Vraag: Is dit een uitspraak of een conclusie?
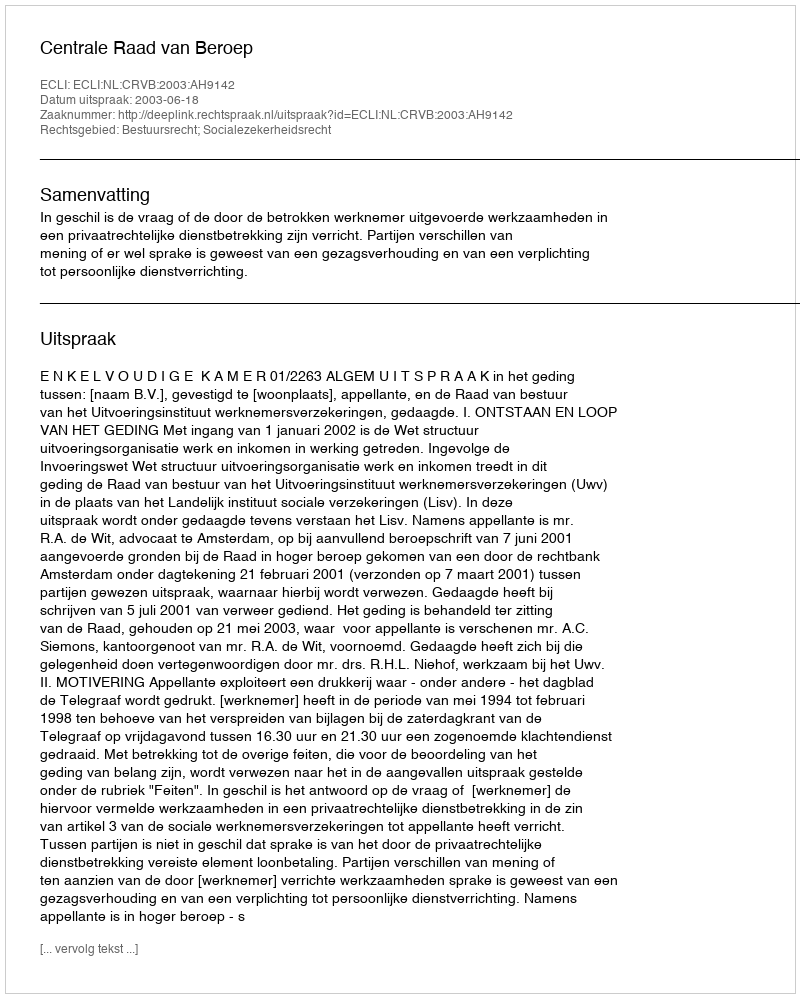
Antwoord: Uitspraak